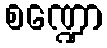
စဏ္ဍော